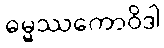
ဓမ္မဿကောဝိဒါ